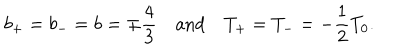
b _ { + } = b _ { - } = b = \mp \frac { 4 } { 3 } \, \, \, \, \, \, \mathrm { a n d } \, \, \, \, \, \, T _ { + } = T _ { - } = - \frac { 1 } { 2 } T _ { 0 } .